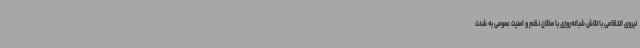
نیروی انتظامی با تلاش شبانه‌روزی با مخلان نظم و امنیت عمومی به شدت